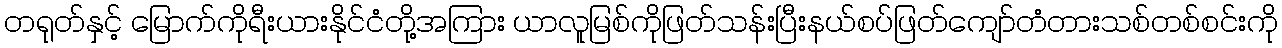
တရုတ်နှင့် မြောက်ကိုရီးယားနိုင်ငံတို့အကြား ယာလူမြစ်ကိုဖြတ်သန်းပြီးနယ်စပ်ဖြတ်ကျော်တံတားသစ်တစ်စင်းကို